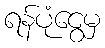
ရန်ပုံငွေမှ